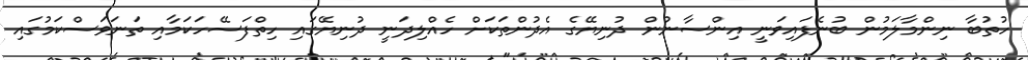
ހުތުބާ ނިންމާލަމުން ބުނެފައިވަނީ އިންސާނުން ދުނިޔޭގެ އެދުންތަކަށް ހެއްލިދަނީ ދުނިޔޭގައި ހިތްފަސޭހަކަމާއި ތަނަވަސްކަމުގައި